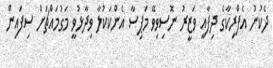
ދެކުނު އެފްރިކާގެ ދިފާއީ ވަޒީރު ނޮސިވިވޭ މަޕިސާ އެންކަކުލާ ވިދާޅުވީ މަގުމައްޗަށް ސިފައިން